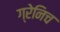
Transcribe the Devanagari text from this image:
ग्रेनिच